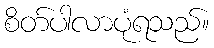
စိတ်ပါလာပုံရသည်။